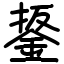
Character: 鋬